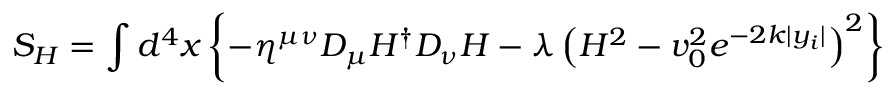
{ \cal S } _ { H } = \int d ^ { 4 } x \left\{ - \eta ^ { \mu \nu } D _ { \mu } H ^ { \dagger } D _ { \nu } H - \lambda \left( H ^ { 2 } - v _ { 0 } ^ { 2 } e ^ { - 2 k | y _ { i } | } \right) ^ { 2 } \right\}